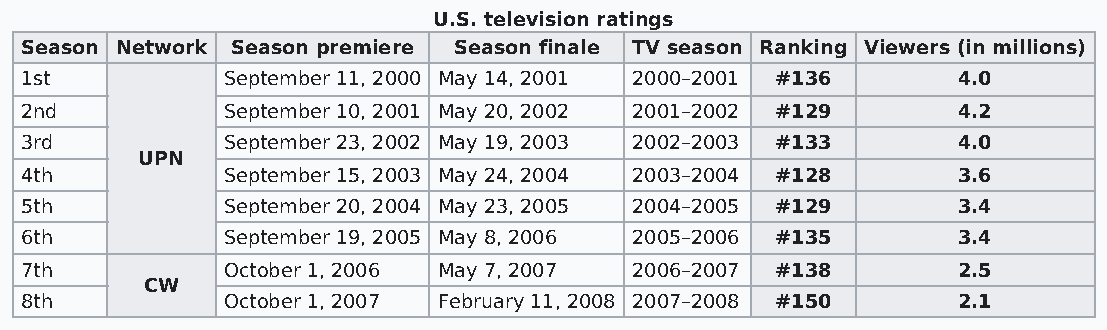
U.S. television ratings
 Season Network Season premiere Season finale TV season Ranking Viewers (in millions)
 1st           September 11, 2000 May 14, 2001 2000–2001 #136  4.0
 2nd           September 10, 2001 May 20, 2002 2001–2002 #129  4.2
 3rd           September 23, 2002 May 19, 2003 2002–2003 #133  4.0
 UPN
 4th           September 15, 2003 May 24, 2004 2003–2004 #128  3.6
 5th           September 20, 2004 May 23, 2005 2004–2005 #129  3.4
 6th           September 19, 2005 May 8, 2006 2005–2006 #135   3.4
 7th           October 1, 2006 May 7, 2007 2006–2007 #138      2.5
 CW
 8th           October 1, 2007 February 11, 2008 2007–2008 #150 2.1